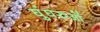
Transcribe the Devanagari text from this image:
घुंघरुओं